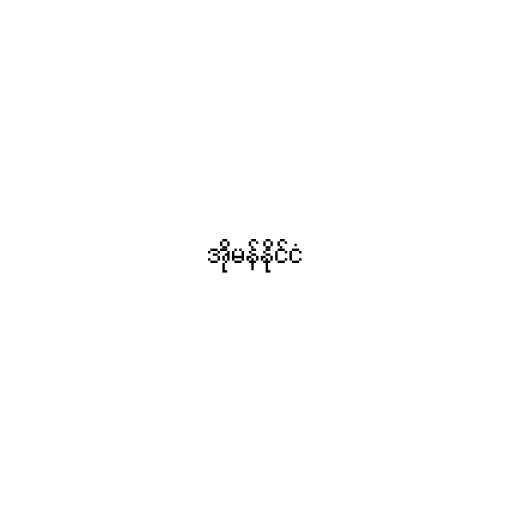
အိုမန်နိုင်ငံ